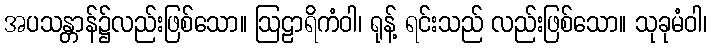
အပသန္တာန်၌လည်းဖြစ်သော။ ဩဠာရိကံဝါ၊ ရုန့် ရင်းသည် လည်းဖြစ်သော။ သုခုမံဝါ၊